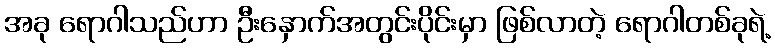
အခု ရောဂါသည်ဟာ ဦးနှောက်အတွင်းပိုင်းမှာ ဖြစ်လာတဲ့ ရောဂါတစ်ခုရဲ့